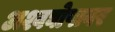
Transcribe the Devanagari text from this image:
अश्वघोषावर